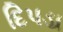
દિપડા